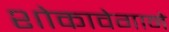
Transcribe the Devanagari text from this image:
शोकावेगाने